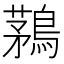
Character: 鶜